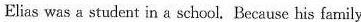
Elias was a student in a school, Because his family